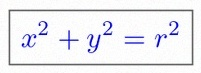
x^2+y^2=r^2